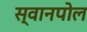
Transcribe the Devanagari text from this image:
स्वानपोल